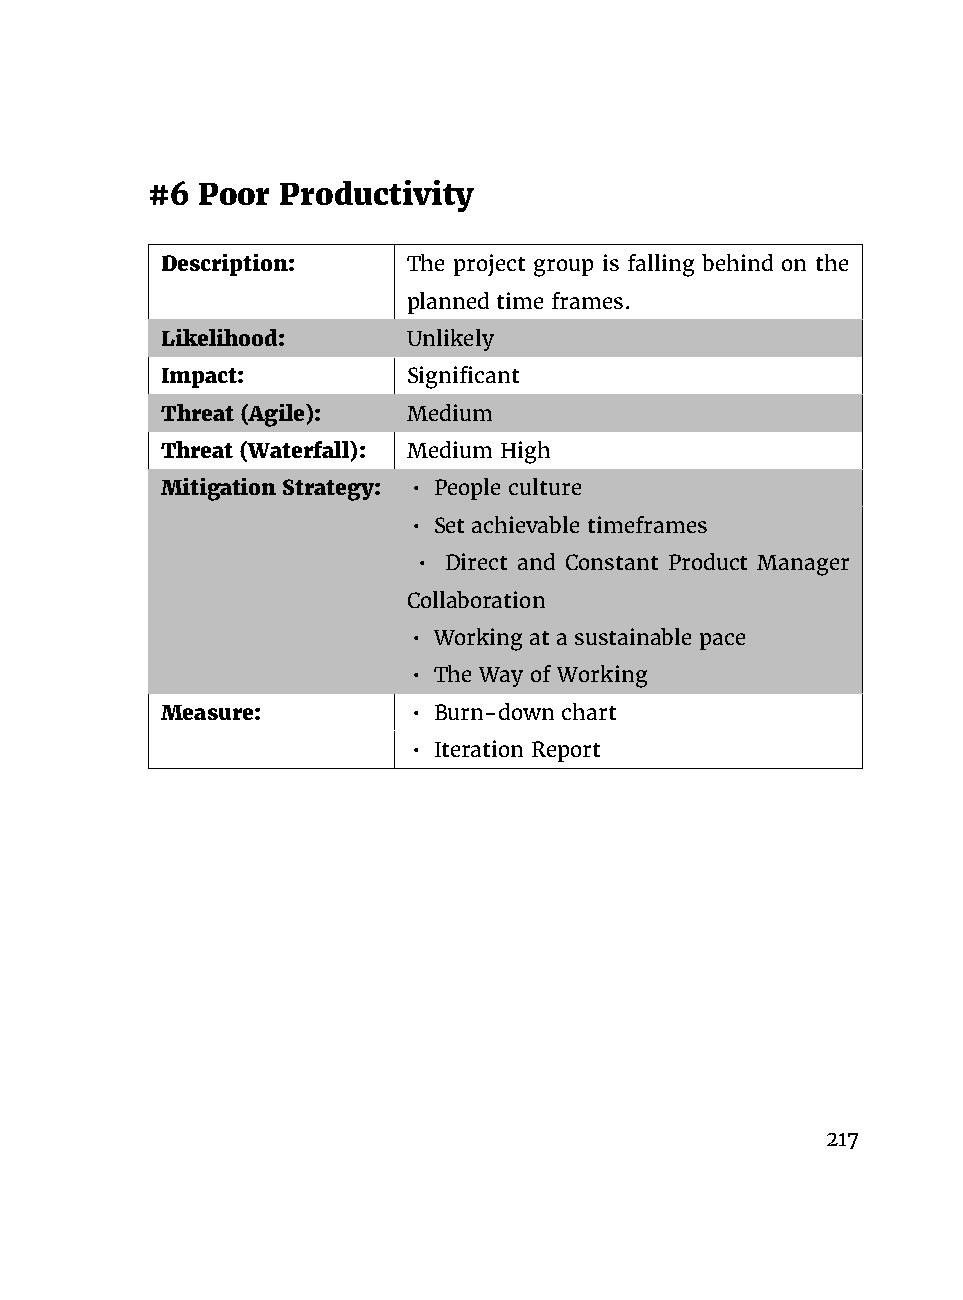
#6 Poor  Productivity
 Description:    The project group is falling behind on the
 planned time frames.
 Likelihood:     Unlikely
 Impact:         Significant
 Threat (Agile): Medium
 Threat (Waterfall): Medium High
 Mitigation Strategy: • People culture
 • Set achievable timeframes
 • Direct and Constant Product Manager
 Collaboration
 • Working at a sustainable pace
 • The Way of Working
 Measure:        • Burn-down chart
 • Iteration Report
 217